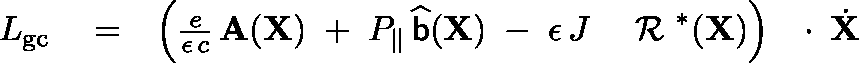
\begin{array} { r l r } { L _ { \mathrm { g c } } } & { { } = } & { \left( \frac { e } { \epsilon \, c } \, { \bf A } ( { \bf X } ) \; + \; P _ { \| } \, \widehat { { \sf b } } ( { \bf X } ) \; - \; \epsilon \, J \; \mathrm { ~ \boldmath ~ \cal ~ R ~ } ^ { * } ( { \bf X } ) \right) \, \mathrm { ~ \boldmath ~ \cdot ~ } \, \dot { \bf X } } \end{array}